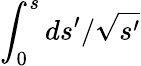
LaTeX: \int_{0}^{s}ds^{\prime}/\sqrt{s^{\prime}}